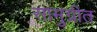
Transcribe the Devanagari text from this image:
सामुग्रीत